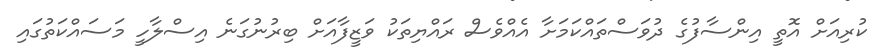
ކުރިއަށް އޮތީ އިންސާފުގެ ދުވަސްތައްކަމަށާ އެއްވެސް ރައްޔިތަކު ވަޒީފާއަށް ބިރުނުގަނެ އިސްލާހީ މަސައްކަތުގައި